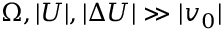
\Omega , | U | , | \Delta U | \gg | v _ { 0 } |